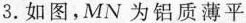
3.如图，MN为铝质薄平